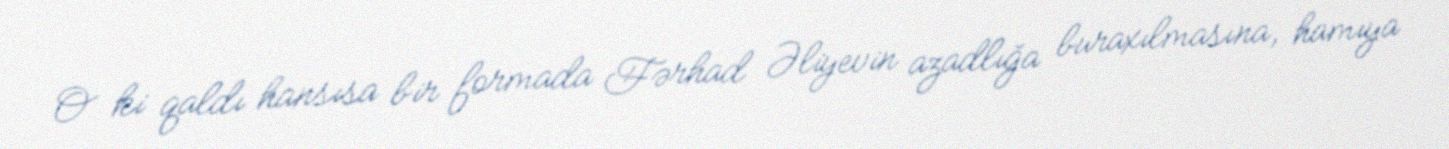
O ki qaldı hansısa bir formada Fərhad Əliyevin azadlığa buraxılmasına, hamıya